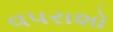
વપરાશો